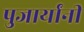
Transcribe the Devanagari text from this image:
पुजार्यांनी